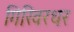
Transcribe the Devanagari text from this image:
गिरिवरधर